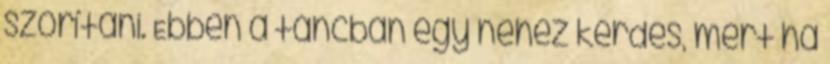
szorítani. Ebben a táncban egy nehéz kérdés, mert ha